Lunatic asylums Burma 1907-21 - 1907-1921
Year: 1907
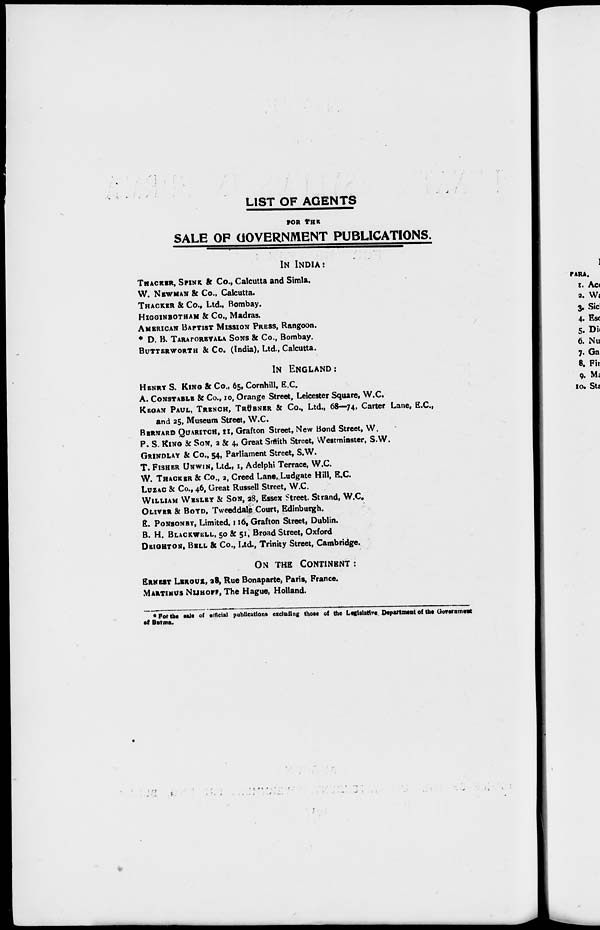
LIST OF AGENTS
FOR THE
SALE OF GOVERNMENT PUBLICATIONS.
IN INDIA:
THACKER, SPINK & Co., Calcutta and Simla.
W. NEWMAN & Co., Calcutta.
THACKER & Co., Ltd., Bombay.
HIGGINBOTHAM & Co., Madras.
AMERICAN BAPTIST MISSION PRESS, Rangoon.
* D. B. TARAPOREVALA SONS & Co., Bombay.
BUTTERWORTH & Co. (India), Ltd., Calcutta.
IN ENGLAND:
HENRY S. KING & Co., 65, Cornhill, E.C.
A. CONSTABLE & Co., 10, Orange Street, Leicester Square, W.C.
KEGAN PAUL, TRENCH, TRÜBNER & Co., Ltd., 68—74. Carter Lane, E.C.,
and 25, Museum Street, W.C.
BERNARD QUARITCH, 11, Grafton Street, New Bond Street, W.
P. S. KING & SON, 2 & 4, Great Smith Street, Westminster, S.W.
GRINDLAY & Co., 54, Parliament Street, S.W.
T. FISHER UNWIN, Ltd., 1, Adelphi Terrace, W.C.
W. TRACKER & Co., 2, Creed Lane, Ludgate Hill, E.C.
LUZAC & Co., 46, Great Russell Street, W.C.
WILLIAM WESLEY & SON, 28, Essex Street, Strand, W.C.
OLIVER & BOYD, Tweeddale Court, Edinburgh.
E. PONSONBY, Limited, 116, Grafton Street, Dublin.
B. H. BLACKWELL, 50 & 51, Broad Street, Oxford
DEIGHTON, BELL & Co., Ltd., Trinity Street, Cambridge.
ON THE CONTINENT :
ERNEST LEROUX, 23, Rue Bonaparte, Paris, France.
MARTINUS NIJHOFF, The Hague, Holland.
* For the sale of official publications excluding those of the Legisiative Department of the Government
of Burma.